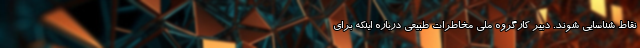
نقاط شناسایی شوند. دبیر کارگروه ملی مخاطرات طبیعی درباره اینکه برای